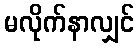
မလိုက်နာလျှင်